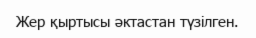
Жер қыртысы әктастан түзілген.